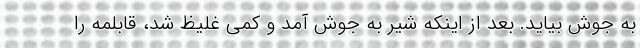
به جوش بیاید. بعد از اینکه شیر به جوش آمد و کمی غلیظ شد، قابلمه را